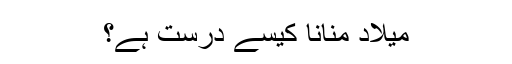
میلاد منانا کیسے درست ہے؟